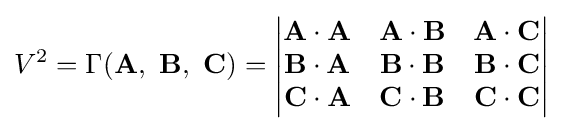
V^{2}=\Gamma (\mathbf {A} ,\ \mathbf {B} ,\ \mathbf {C} )={\begin{vmatrix}\mathbf {A\cdot A} &\mathbf {A\cdot B} &\mathbf {A\cdot C} \\\mathbf {B\cdot A} &\mathbf {B\cdot B} &\mathbf {B\cdot C} \\\mathbf {C\cdot A} &\mathbf {C\cdot B} &\mathbf {C\cdot C} \end{vmatrix}}\